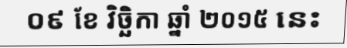
០៩ ខែ វិច្ឆិកា ឆ្នាំ ២០១៥ នេះ